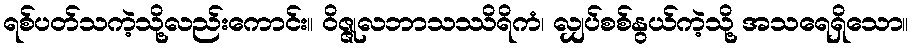
ရစ်ပတ်သကဲ့သို့လည်းကောင်း။ ဝိဇ္ဇုလဘာသဿိရိကံ၊ လျှပ်စစ်နွယ်ကဲ့သို့ အသရေရှိသော။